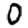
Digit: 0